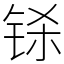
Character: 铩